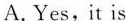
A. Yes,it is